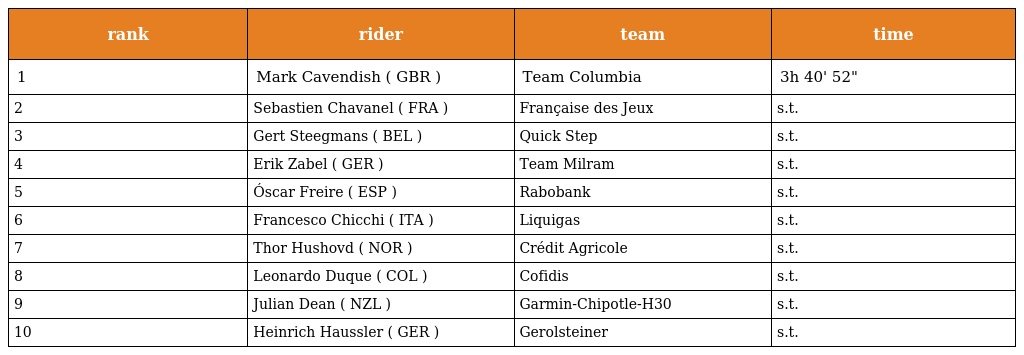
| rank | rider | team | time |
 | --- | --- | --- | --- |
 | 1 | Mark Cavendish ( GBR ) | Team Columbia | 3h 40' 52" |
 | 2 | Sebastien Chavanel ( FRA ) | Française des Jeux | s.t. |
 | 3 | Gert Steegmans ( BEL ) | Quick Step | s.t. |
 | 4 | Erik Zabel ( GER ) | Team Milram | s.t. |
 | 5 | Óscar Freire ( ESP ) | Rabobank | s.t. |
 | 6 | Francesco Chicchi ( ITA ) | Liquigas | s.t. |
 | 7 | Thor Hushovd ( NOR ) | Crédit Agricole | s.t. |
 | 8 | Leonardo Duque ( COL ) | Cofidis | s.t. |
 | 9 | Julian Dean ( NZL ) | Garmin-Chipotle-H30 | s.t. |
 | 10 | Heinrich Haussler ( GER ) | Gerolsteiner | s.t. |